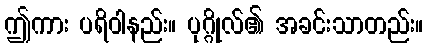
ဤကား ပရိဝါနည်း။ ပုဂ္ဂိုလ်၏ အခင်းသာတည်း။